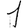
Digit: 1